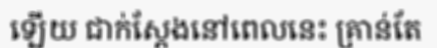
ឡើយ ជាក់ស្តែងនៅពេលនេះ គ្រាន់តែ